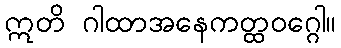
ဣတိ ဂါထာအနေကတ္ထဝဂ္ဂေါ။